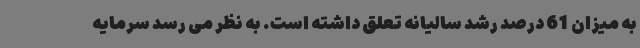
به میزان 61 درصد رشد سالیانه تعلق داشته است. به نظر می رسد سرمایه